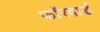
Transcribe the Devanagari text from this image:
फॉरवार्ड